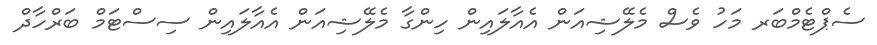
ސެޕްޓެމްބަރ މަހު ވެސް މެލޭޝިއަން އެއާލައިން ހިންގާ މެލޭޝިއަން އެއާލައިން ސިސްޓަމް ބަރްހާދް